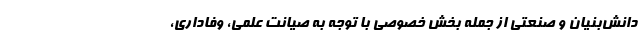
دانش­بنیان و صنعتی از جمله بخش خصوصی با توجه به صیانت علمی، وفاداری،